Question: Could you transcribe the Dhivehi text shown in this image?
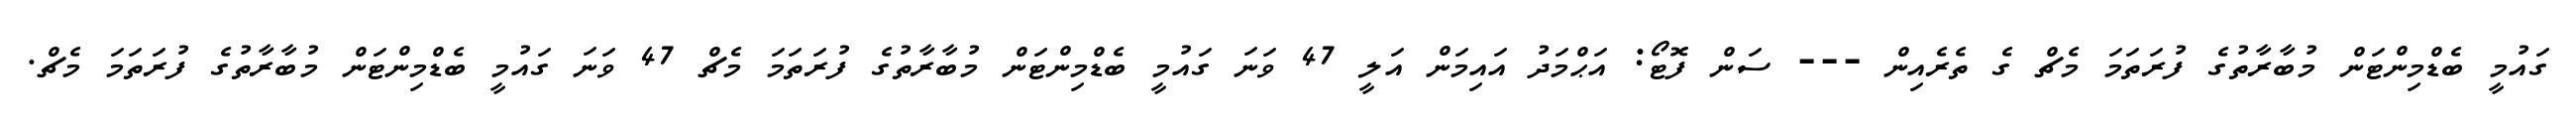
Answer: ގައުމީ ބެޑްމިންޓަން މުބާރާތުގެ ފުރަތަމަ މެޗް ގެ ތެރެއިން --- ސަން ފޮޓޯ: އަޙްމަދު އައިމަން އަލީ 47 ވަނަ ގައުމީ ބެޑްމިންޓަން މުބާރާތުގެ ފުރަތަމަ މެޗް 47 ވަނަ ގައުމީ ބެޑްމިންޓަން މުބާރާތުގެ ފުރަތަމަ މެޗް.